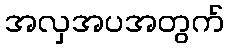
အလှအပအတွက်